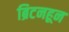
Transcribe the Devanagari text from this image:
ब्रिटनहून